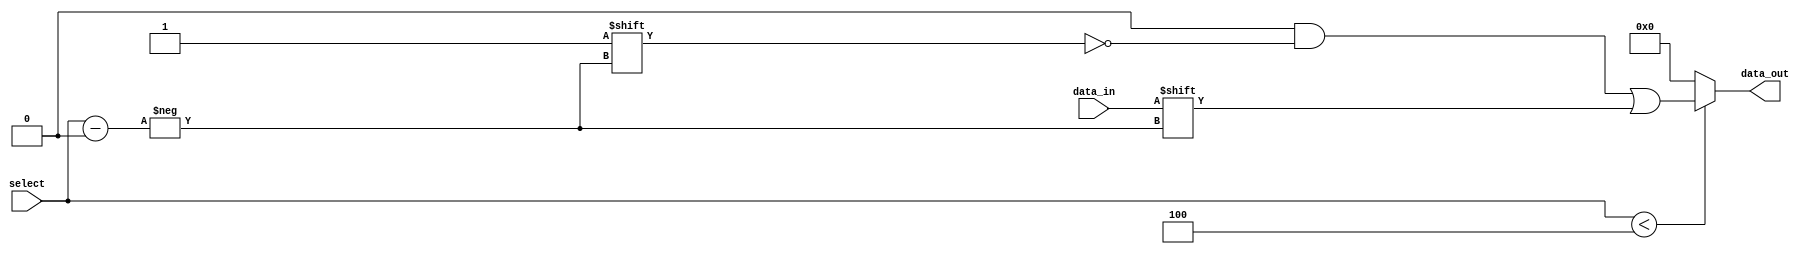
module parameterized_demux #(
    parameter N = 4 // Number of output lines, default is 4
)(
    input wire data_in,          // Input data line
    input wire [$clog2(N)-1:0] select, // Select line to choose output
    output reg [N-1:0] data_out  // Output lines
);

    // Combinational logic to route data_in to the appropriate output line
    always @(*) begin
        // Default all outputs to 0
        data_out = {N{1'b0}}; // Set all outputs to low
        
        // Check if select is within valid range
        if (select < N) begin
            data_out[select] = data_in; // Route data_in to the selected output
        end
    end

endmodule